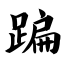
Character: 蹁